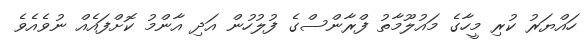
ހައްޔަރު ކުރި މީހާގެ މައުލޫމާތު ފްރާންސްގެ ފުލުހުން އަދި އާންމު ކޮށްފައެއް ނުވެއެވެ